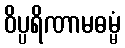
ဝိပ္ပရိဏာမဓမ္မံ